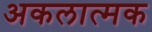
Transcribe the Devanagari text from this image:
अकलात्मक